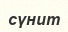
сүнит